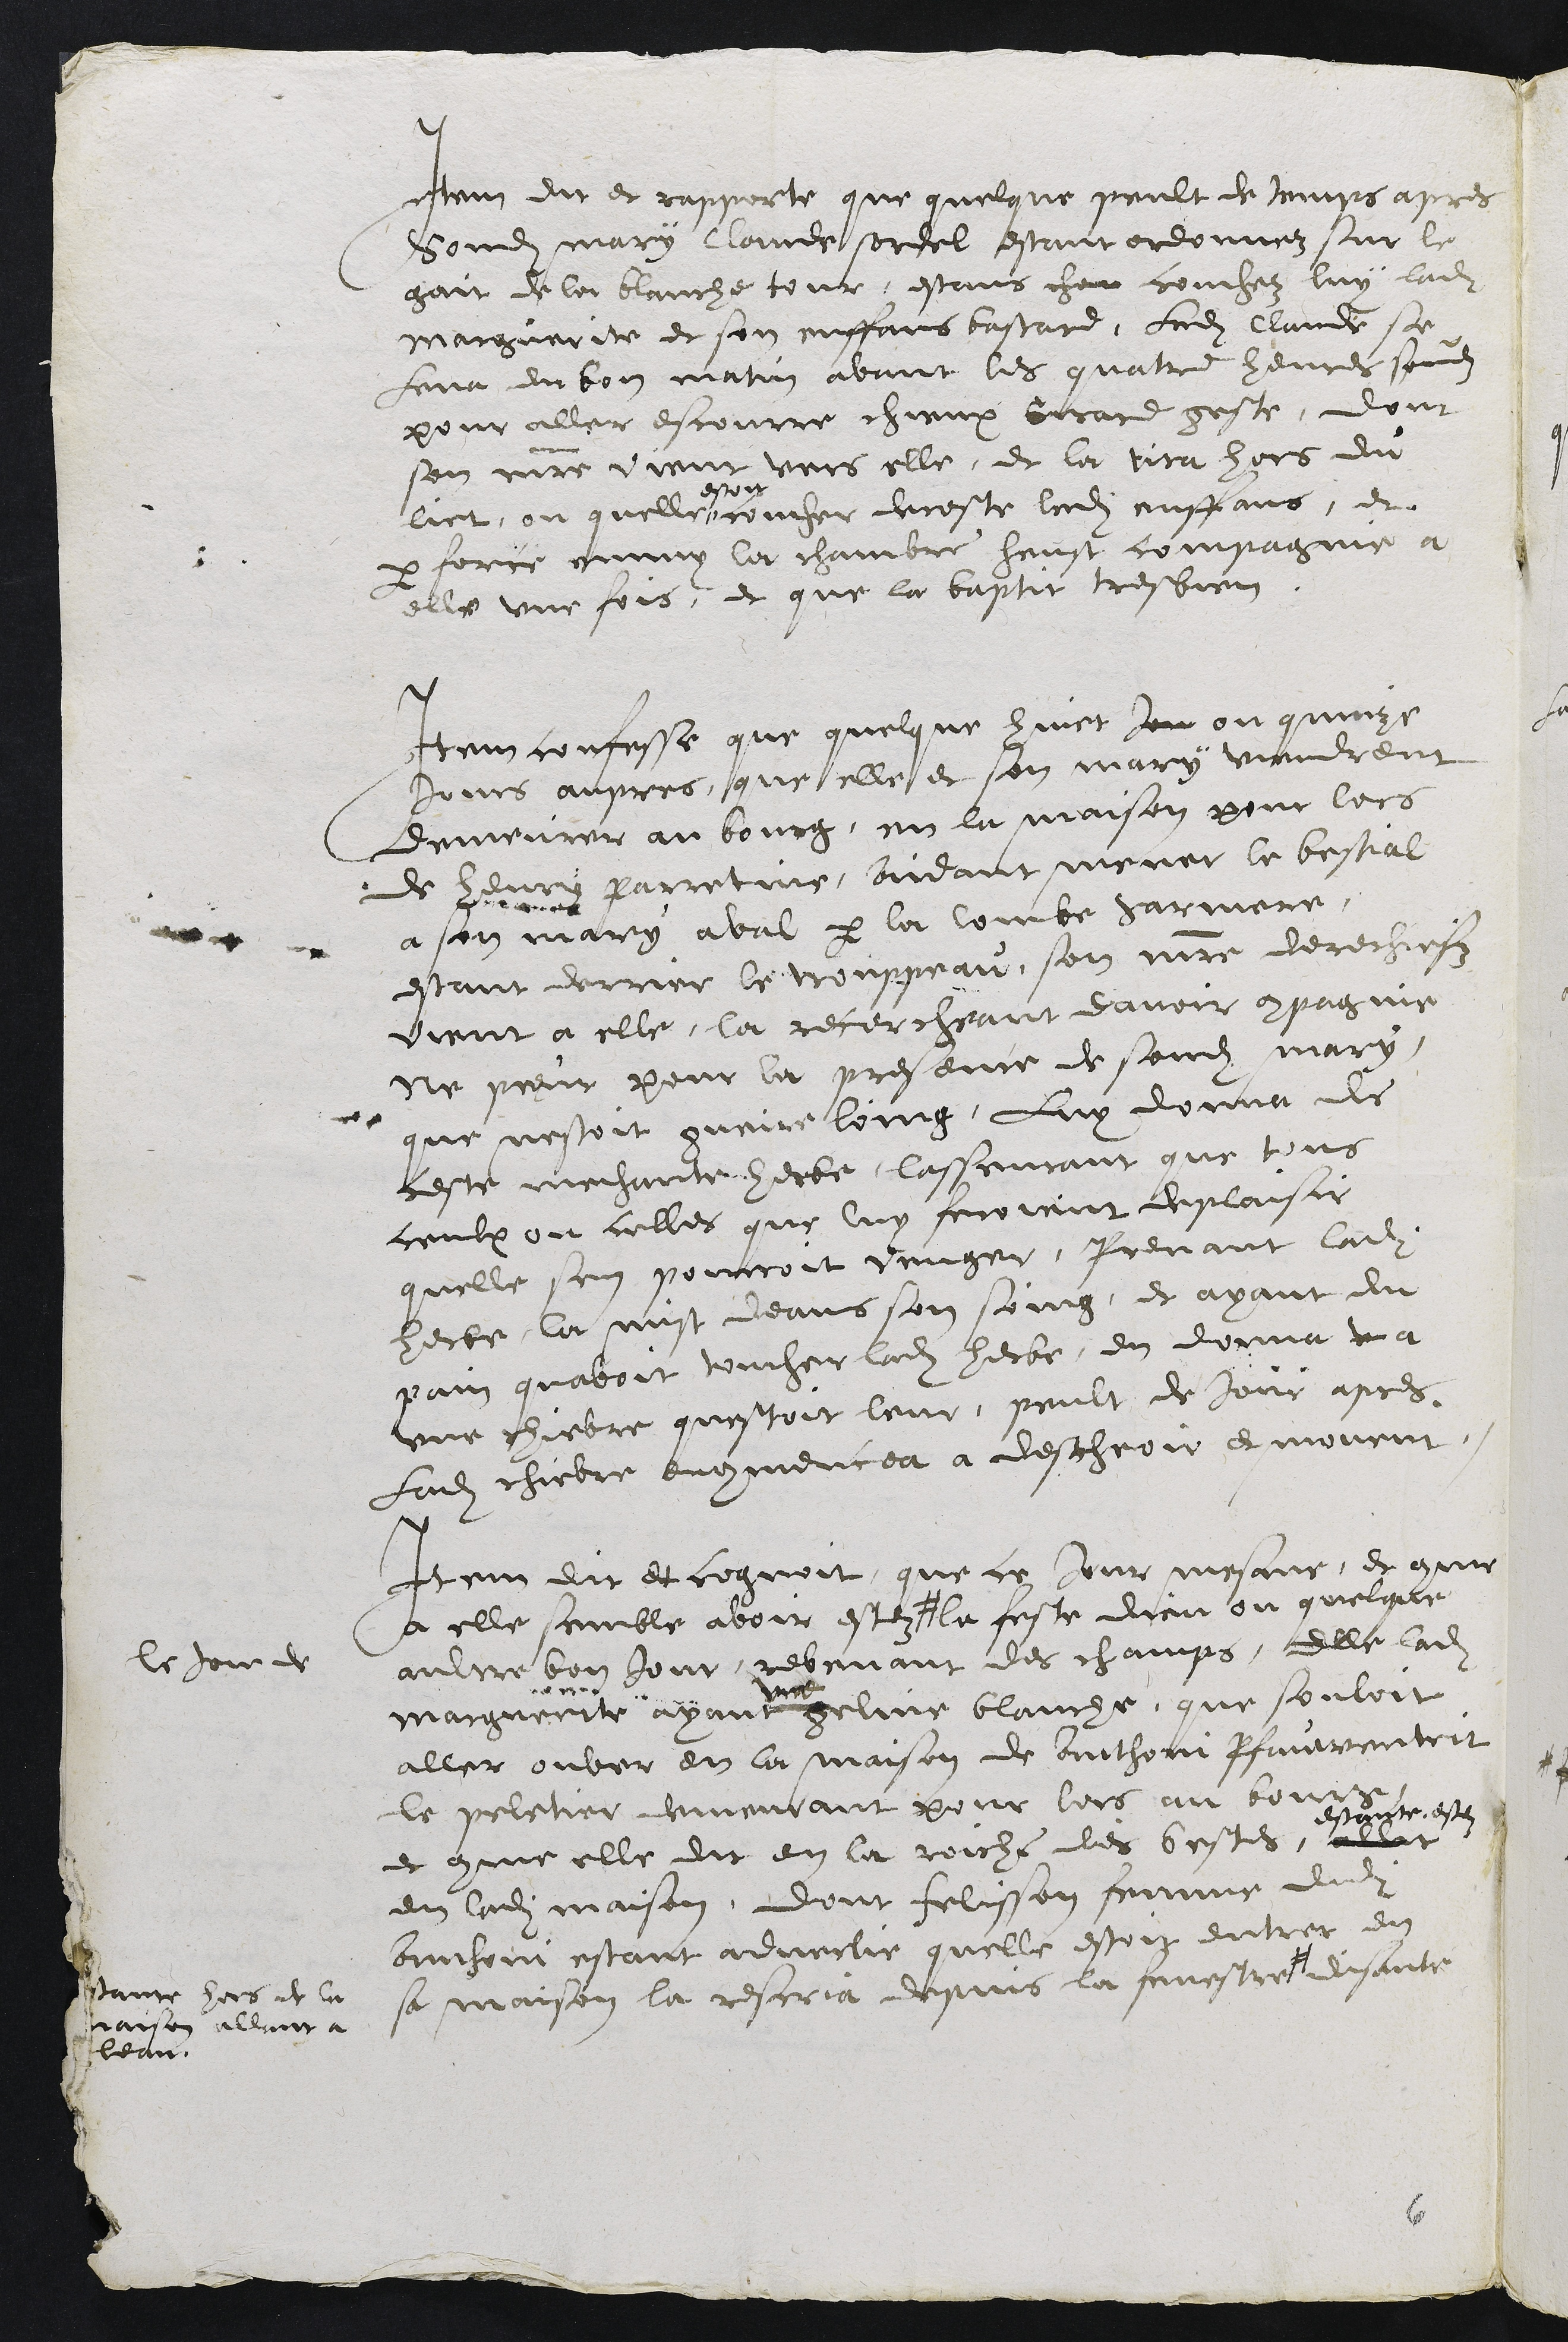
Item dit et rapporte que quelque peult de temps apres
sondit mary Claude sordel estant ordonnez sur le
gait de la blanche tour, estans cha couchez luy ladite
Marguerite et son enffans bastard, Ledit Claude se
leva en bon matin avant les quatre heures sondit
pour aller escourre chieux Girard geste, dont
son maitre vient vers elle, et la tira hors du
lict, ou quelle
estoit
coucher decoste ledit enffans, et
par force emmy la chambre heust compagnie a
elle une fois, et que la baptit tres bien
Item confesse que quelque huict jeu ou quinze
jours aupres, que elle et son mary viendrent
demeurer au bourg en la maison pour lors
de henry parretine, aidant mener le bestial
a son mary aval par la Combe harmere,
estant derrier le trouppeau, son maitre derechiefz
vient a elle, la recercheant davoir compagnie
ne pieur pour la presence de sondit mary,
que nestoit gueire loing, luy donna de
ceste mechante herbe, lasseurant que tous
ceulx ou celles que luy feroient deplaisir
quelle sen pourroit venger, prenant ladite
herbe, la mist deans son seing, et ayant du
pain quavoit toucher ladite herbe, en donna u a
une chievre questoit leur, peult de Jour apres
Ladite chievre encommencea a descheoir et mourut,
Item dit et cognoit que ce jour mesme, et comme
a elle semble avoir esté #
le jour de
la feste dieu ou quelque
aultre bon Jour revenant des champs, elle ladite
Marguerite ayant
une
geline blanche que souloit
aller ouver en la maison de Anthoni Pfauwentrit
le peletier demeurant pour lors au bourg
et comme elle dit en la roiche des bestes allat
estante estez
en ladite maison, dont Felisson femme dudit
Anthoni estant advertie quelle estoit entrer en
sa maison la rescria depuis la fenestre #
estant hors de la
maison allant à
leau
disante